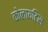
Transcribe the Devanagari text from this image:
कोलायटिस